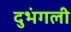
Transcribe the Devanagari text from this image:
दुभंगली